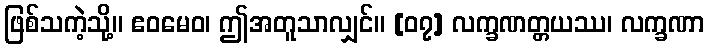
ဖြစ်သကဲ့သို့။ ဧဝမေဝ၊ ဤအတူသာလျှင်။ [၀၇] လက္ခဏတ္တယဿ၊ လက္ခဏာ